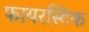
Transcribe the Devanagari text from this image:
फायरस्टिक